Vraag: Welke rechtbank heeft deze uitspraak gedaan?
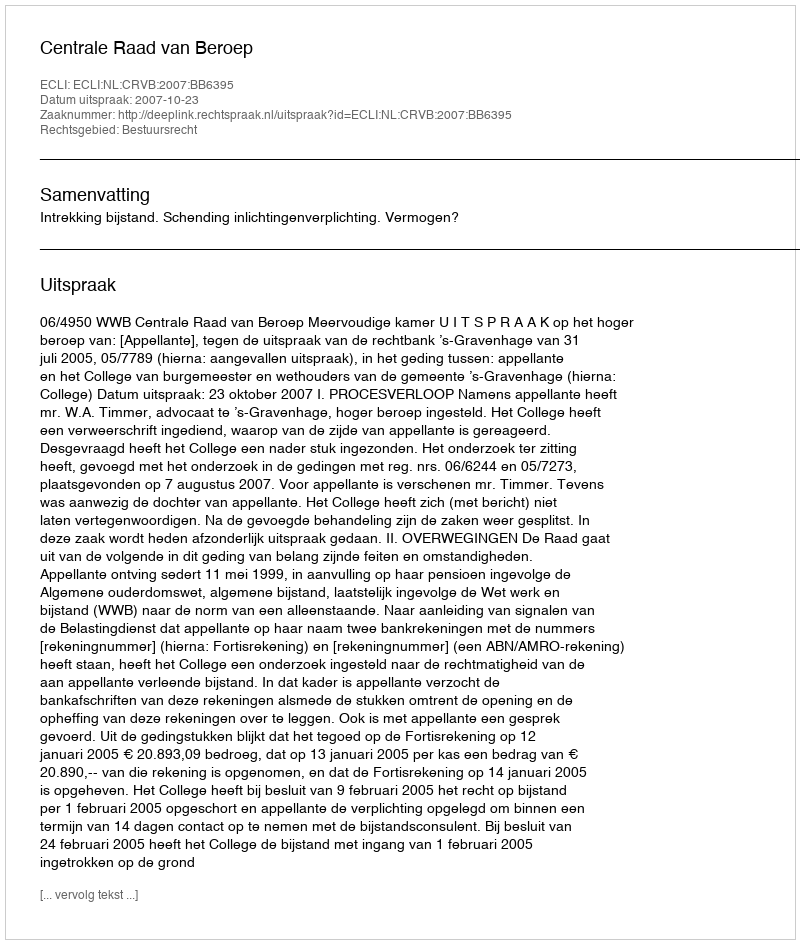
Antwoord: Centrale Raad van Beroep